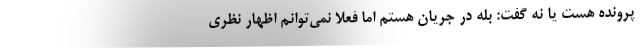
پرونده هست یا نه گفت: بله در جریان هستم اما فعلا نمی‌توانم اظهار نظری